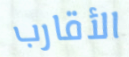
الأقارب